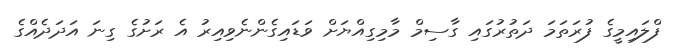
ފްލައިމީގެ ފުރަތަމަ ދަތުރުގައި ގާސިމް މާމިގިއްޔަށް ވަޑައިގެންނެވިއިރު އެ ރަށުގެ ގިނަ އަދަދެއްގެ